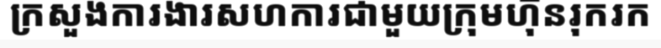
ក្រសួងការងារសហការជាមួយក្រុមហ៊ុនរុករក